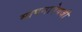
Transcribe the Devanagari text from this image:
मापनाऐवजी